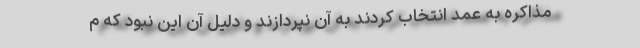
مذاکره به عمد انتخاب کردند به آن نپردازند و دلیل آن این نبود که م